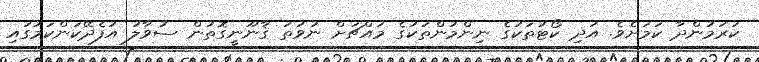
ކުރަމުންދާ ކަމަށެވެ. އަދި ކޯޓުތަކުގެ ނިންމުންތަކުގެ މައްޗަށް ނުވަތަ ޤާނޫނީގޮތުން ސުވާލު އުފެދޭކަންކަމުގައި